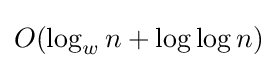
O(\log _{w}n+\log \log n)